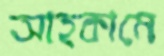
আহকামে